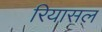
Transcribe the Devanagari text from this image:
रियासल